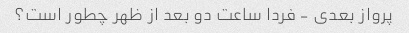
پرواز بعدی - فردا ساعت دو بعد از ظهر چطور است؟